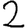
Digit: 2